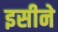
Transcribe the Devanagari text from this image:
इसीने